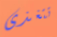
تتغذى